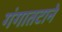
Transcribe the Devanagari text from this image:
गंगातटाने